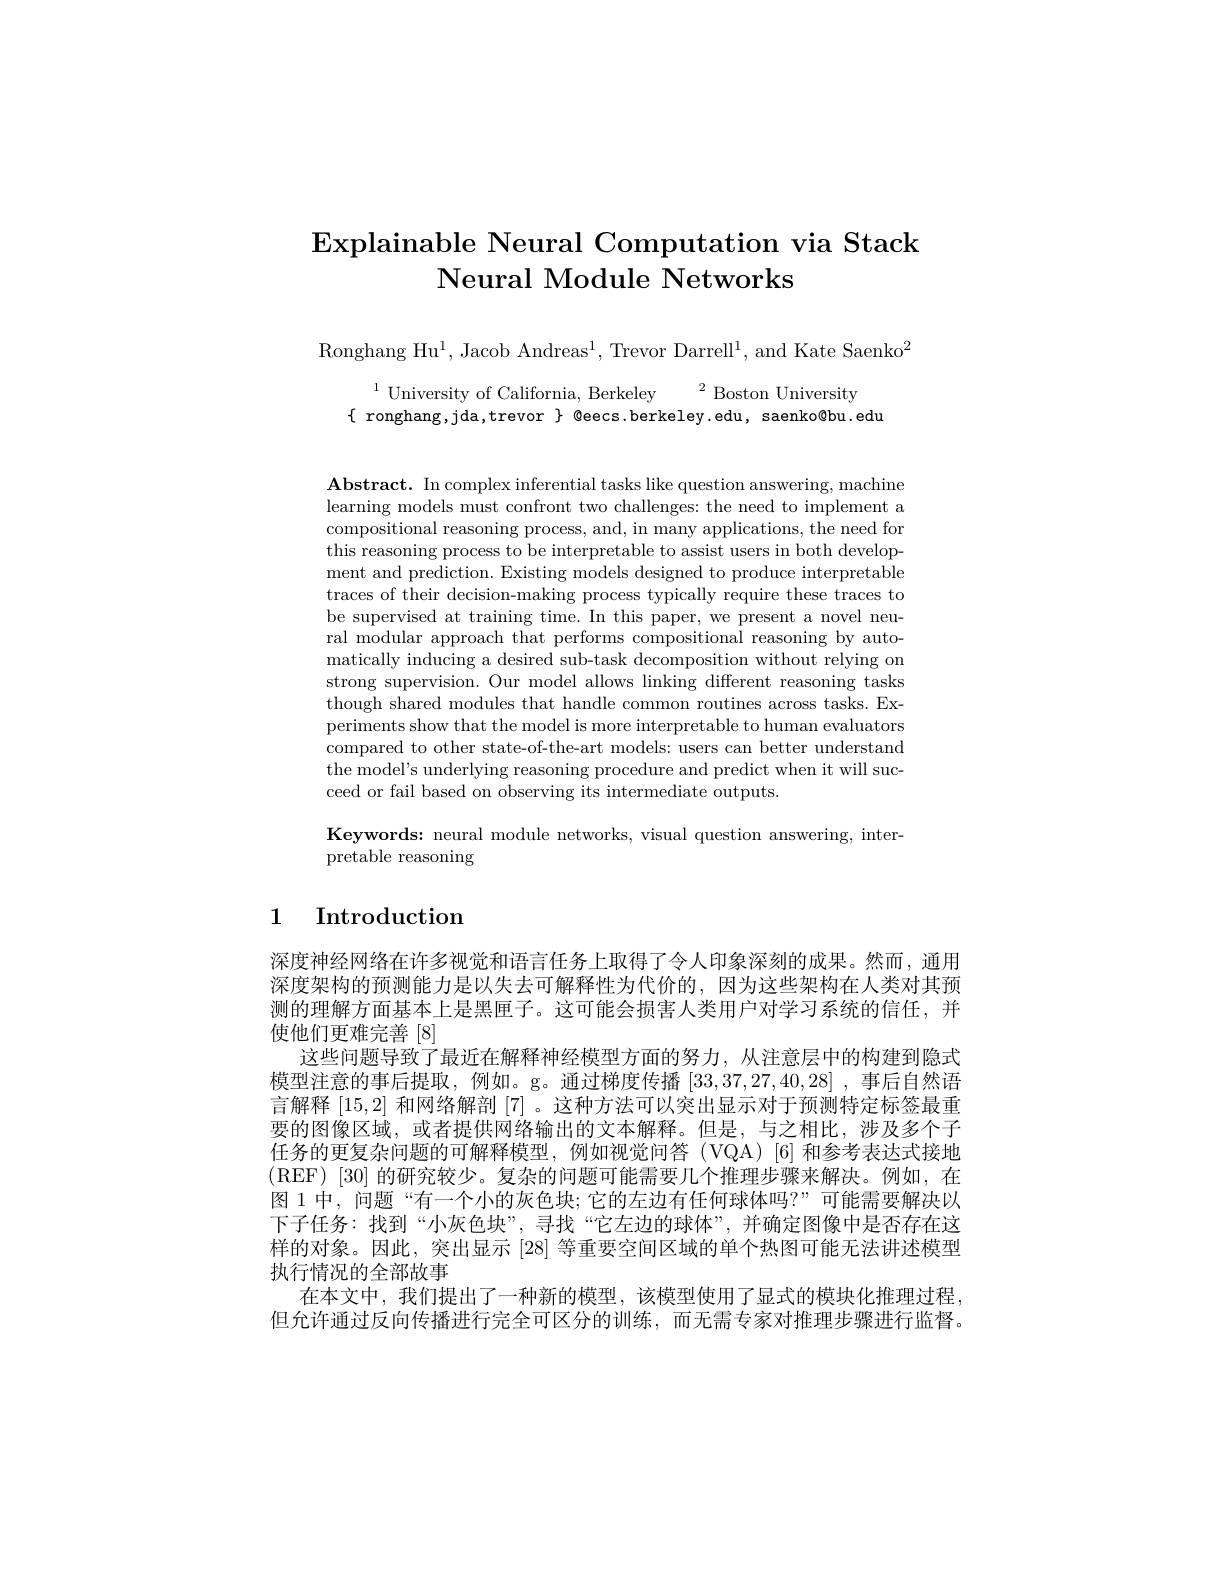
# $\operatorname{Explainable}$ Neural Computation via Stack Neural Module Networks

Ronghang Hu$^1$, Jacob Andreas$^1$, Trevor Darrell$^1$, and Kate Saenko$^2$

$^{1}$University of California, Berkeley$^2$Boston University
$\{$ ronghang,jda,trevor $\}$ @eecs.berkeley.edu, saenko@bu.edu

$\mathbf{Abstract.~In~complex~inferential~tasks~like~question~answering,~machine}$ learning models must confront two challenges: the need to implement a compositional reasoning process, and, in many applications, the need for this reasoning process to be interpretable to assist users in both development and prediction. Existing models designed to produce interpretable traces of their decision-making process typically require these traces to be supervised at training time. In this paper, we present a novel neural modular approach that performs compositional reasoning by automatically inducing a desired sub-task decomposition without relying on strong supervision. Our model allows linking different reasoning tasks though shared modules that handle common routines across tasks. Experiments show that the model is more interpretable to human evaluators compared to other state-of-the-art models: users can better understand the model's underlying reasoning procedure and predict when it will succeed or fail based on observing its intermediate outputs.
Keywords: neural module networks, visual question answering, inter-

pretable reasoning

## 1 Introduction

深度神经网络在许多视觉和语言任务上取得了令人印象深刻的成果。然而，通用深度架构的预测能力是以失去可解释性为代价的，因为这些架构在人类对其预测的理解方面基本上是黑匣子。这可能会损害人类用户对学习系统的信任，并使他们更难完善[8]
这些问题导致了最近在解释神经模型方面的努力，从注意层中的构建到隐式模型注意的事后提取，例如。g。通过梯度传播[33,37,27,40,28] ,事后自然语言解释[15,2]和网络解剖[7] 。这种方法可以突出显示对于预测特定标签最重要的图像区域，或者提供网络输出的文本解释。但是，与之相比，涉及多个子任务的更复杂问题的可解释模型，例如视觉问答(VQA)[6]和参考表达式接地(REF)[30]的研究较少。复杂的问题可能需要几个推理步骤来解决。例如，在图 1 中，问题 “有一个小的灰色块；它的左边有任何球体吗？”可能需要解决以下子任务：找到“小灰色块”,寻找“它左边的球体”,并确定图像中是否存在这样的对象。因此，突出显示[28]等重要空间区域的单个热图可能无法讲述模型执行情况的全部故事
在本文中，我们提出了一种新的模型，该模型使用了显式的模块化推理过程， 但允许通过反向传播进行完全可区分的训练，而无需专家对推理步骤进行监督。